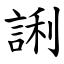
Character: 誗